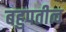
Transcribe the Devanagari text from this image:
बहुपतीत्व